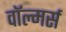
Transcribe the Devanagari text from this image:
वॉल्मर्स